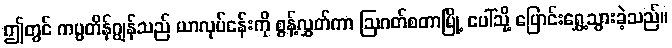
ဤတွင် ကပ္ပတိန်ဂျွန်သည် ယာလုပ်ငန်းကို စွန့်လွှတ်ကာ ဩဂတ်စတာမြို့ ပေါ်သို့ ပြောင်းရွှေ့သွားခဲ့သည်။